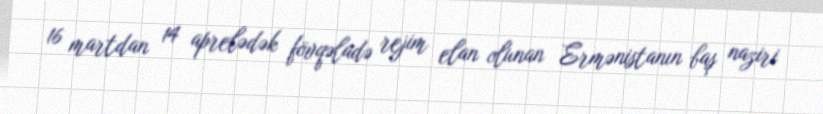
16 martdan 14 aprelədək fövqəladə rejim elan olunan Ermənistanın baş naziri